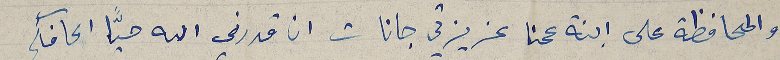
والمحافظة على ابنة عمنا عزيزتي جانات ان قدرني الله حيّا اكافأكم